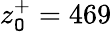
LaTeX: z_{\mathtt{O}}^{+}=469